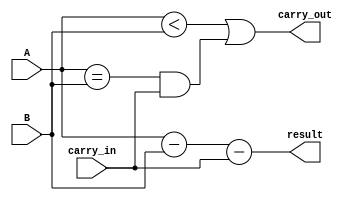
module subtractor (
    input [3:0] A,   // Input binary number A
    input [3:0] B,   // Input binary number B
    input carry_in,  // Carry-in signal
    output [3:0] result, // Subtraction result
    output carry_out // Carry-out signal
);

wire [3:0] diff;
wire [3:0] borrow;

assign diff = A - B - carry_in; // Perform subtraction
assign borrow = (A < B) | ((A == B) & carry_in); // Calculate borrow
assign result = diff; // Output subtraction result
assign carry_out = borrow; // Output carry-out signal

endmodule